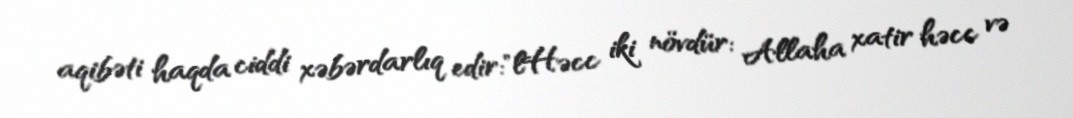
aqibəti haqda ciddi xəbərdarlıq edir:"lHəcc iki növdür: Allaha xatir həcc və